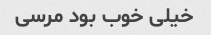
خیلی خوب بود مرسی